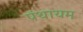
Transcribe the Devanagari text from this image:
पंथायम